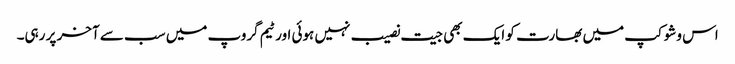
اس وشوکپ میں بھارت کو ایک بھی جیت نصیب نہیں ہوئی اور ٹیم گروپ میں سب سے آخر پر رہی۔